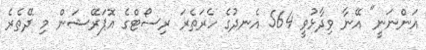
އަންނަނީ" އޭނާ ވިދާޅުވީ 564 އެނދުގެ ހެރަތެރަ ރިސޯޓްގެ އޮޕަރޭޝަން މި ދޭތެރެ